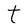
Character: t